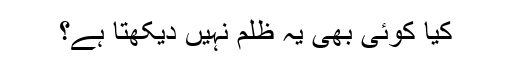
کیا کوئی بھی یہ ظلم نہیں دیکھتا ہے؟